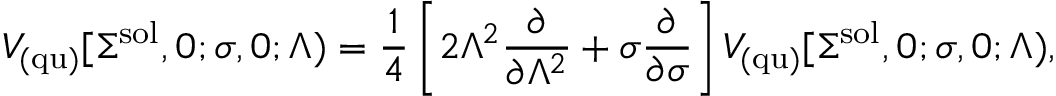
V _ { \mathrm { ( q u ) } } [ \Sigma ^ { \mathrm { s o l } } , 0 ; \sigma , 0 ; \Lambda ) = \frac { 1 } { 4 } \left[ 2 \Lambda ^ { 2 } \frac { \partial } { \partial \Lambda ^ { 2 } } + \sigma \frac { \partial } { \partial \sigma } \right] V _ { \mathrm { ( q u ) } } [ \Sigma ^ { \mathrm { s o l } } , 0 ; \sigma , 0 ; \Lambda ) ,